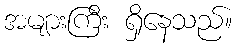
အများကြီး ရှိနေသည်။